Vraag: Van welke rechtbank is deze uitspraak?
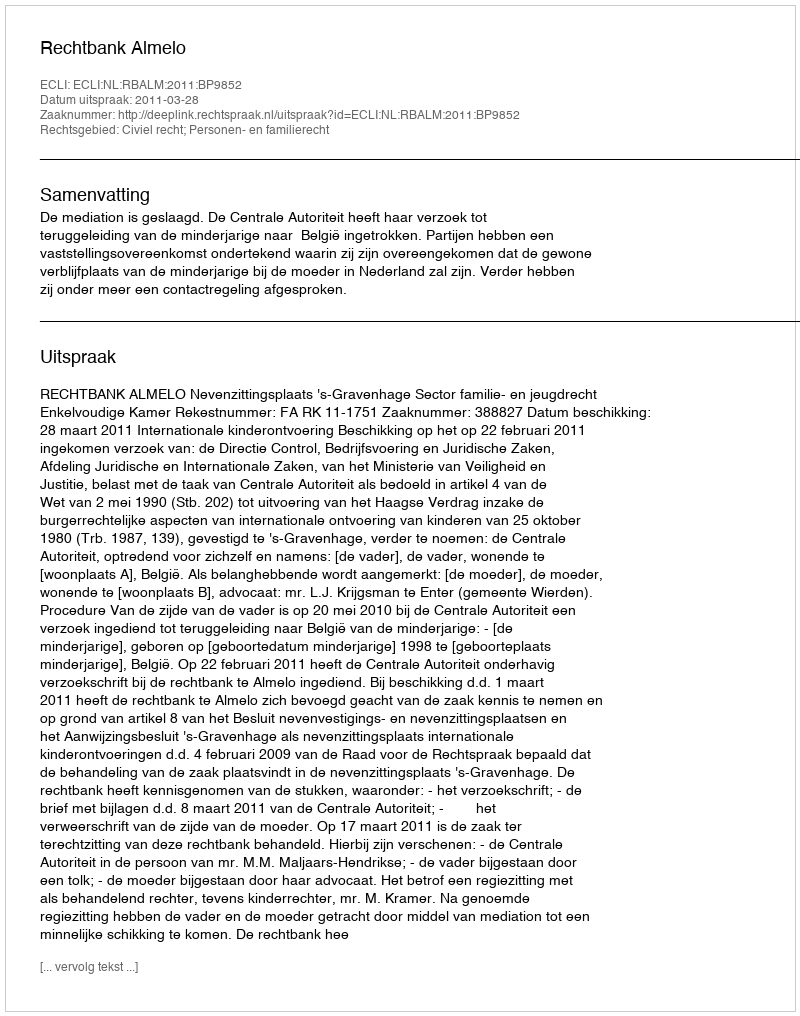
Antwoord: Rechtbank Almelo